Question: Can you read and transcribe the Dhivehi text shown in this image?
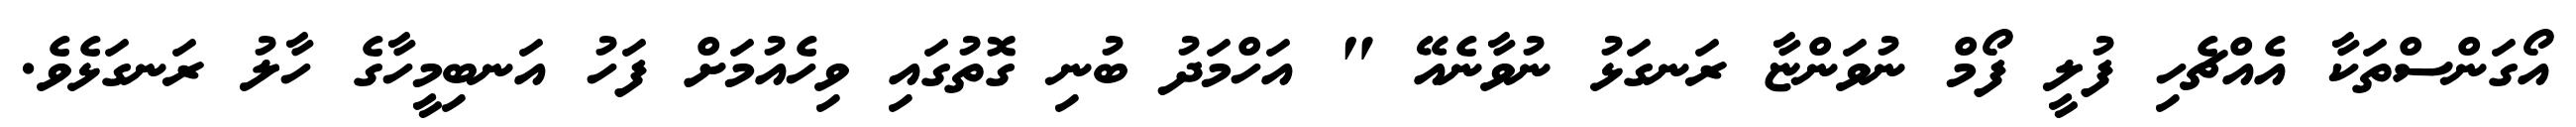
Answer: އޯގަންސްތަކާ އެއްޗެހި ފުލީ ފޯމް ނުވަންޏާ ރަނގަޅު ނުވާނެއޭ " އަހްމަދު ބުނި ގޮތުގައި ވިހެއުމަށް ފަހު އަނބިމީހާގެ ހާލު ރަނގަޅެވެ.